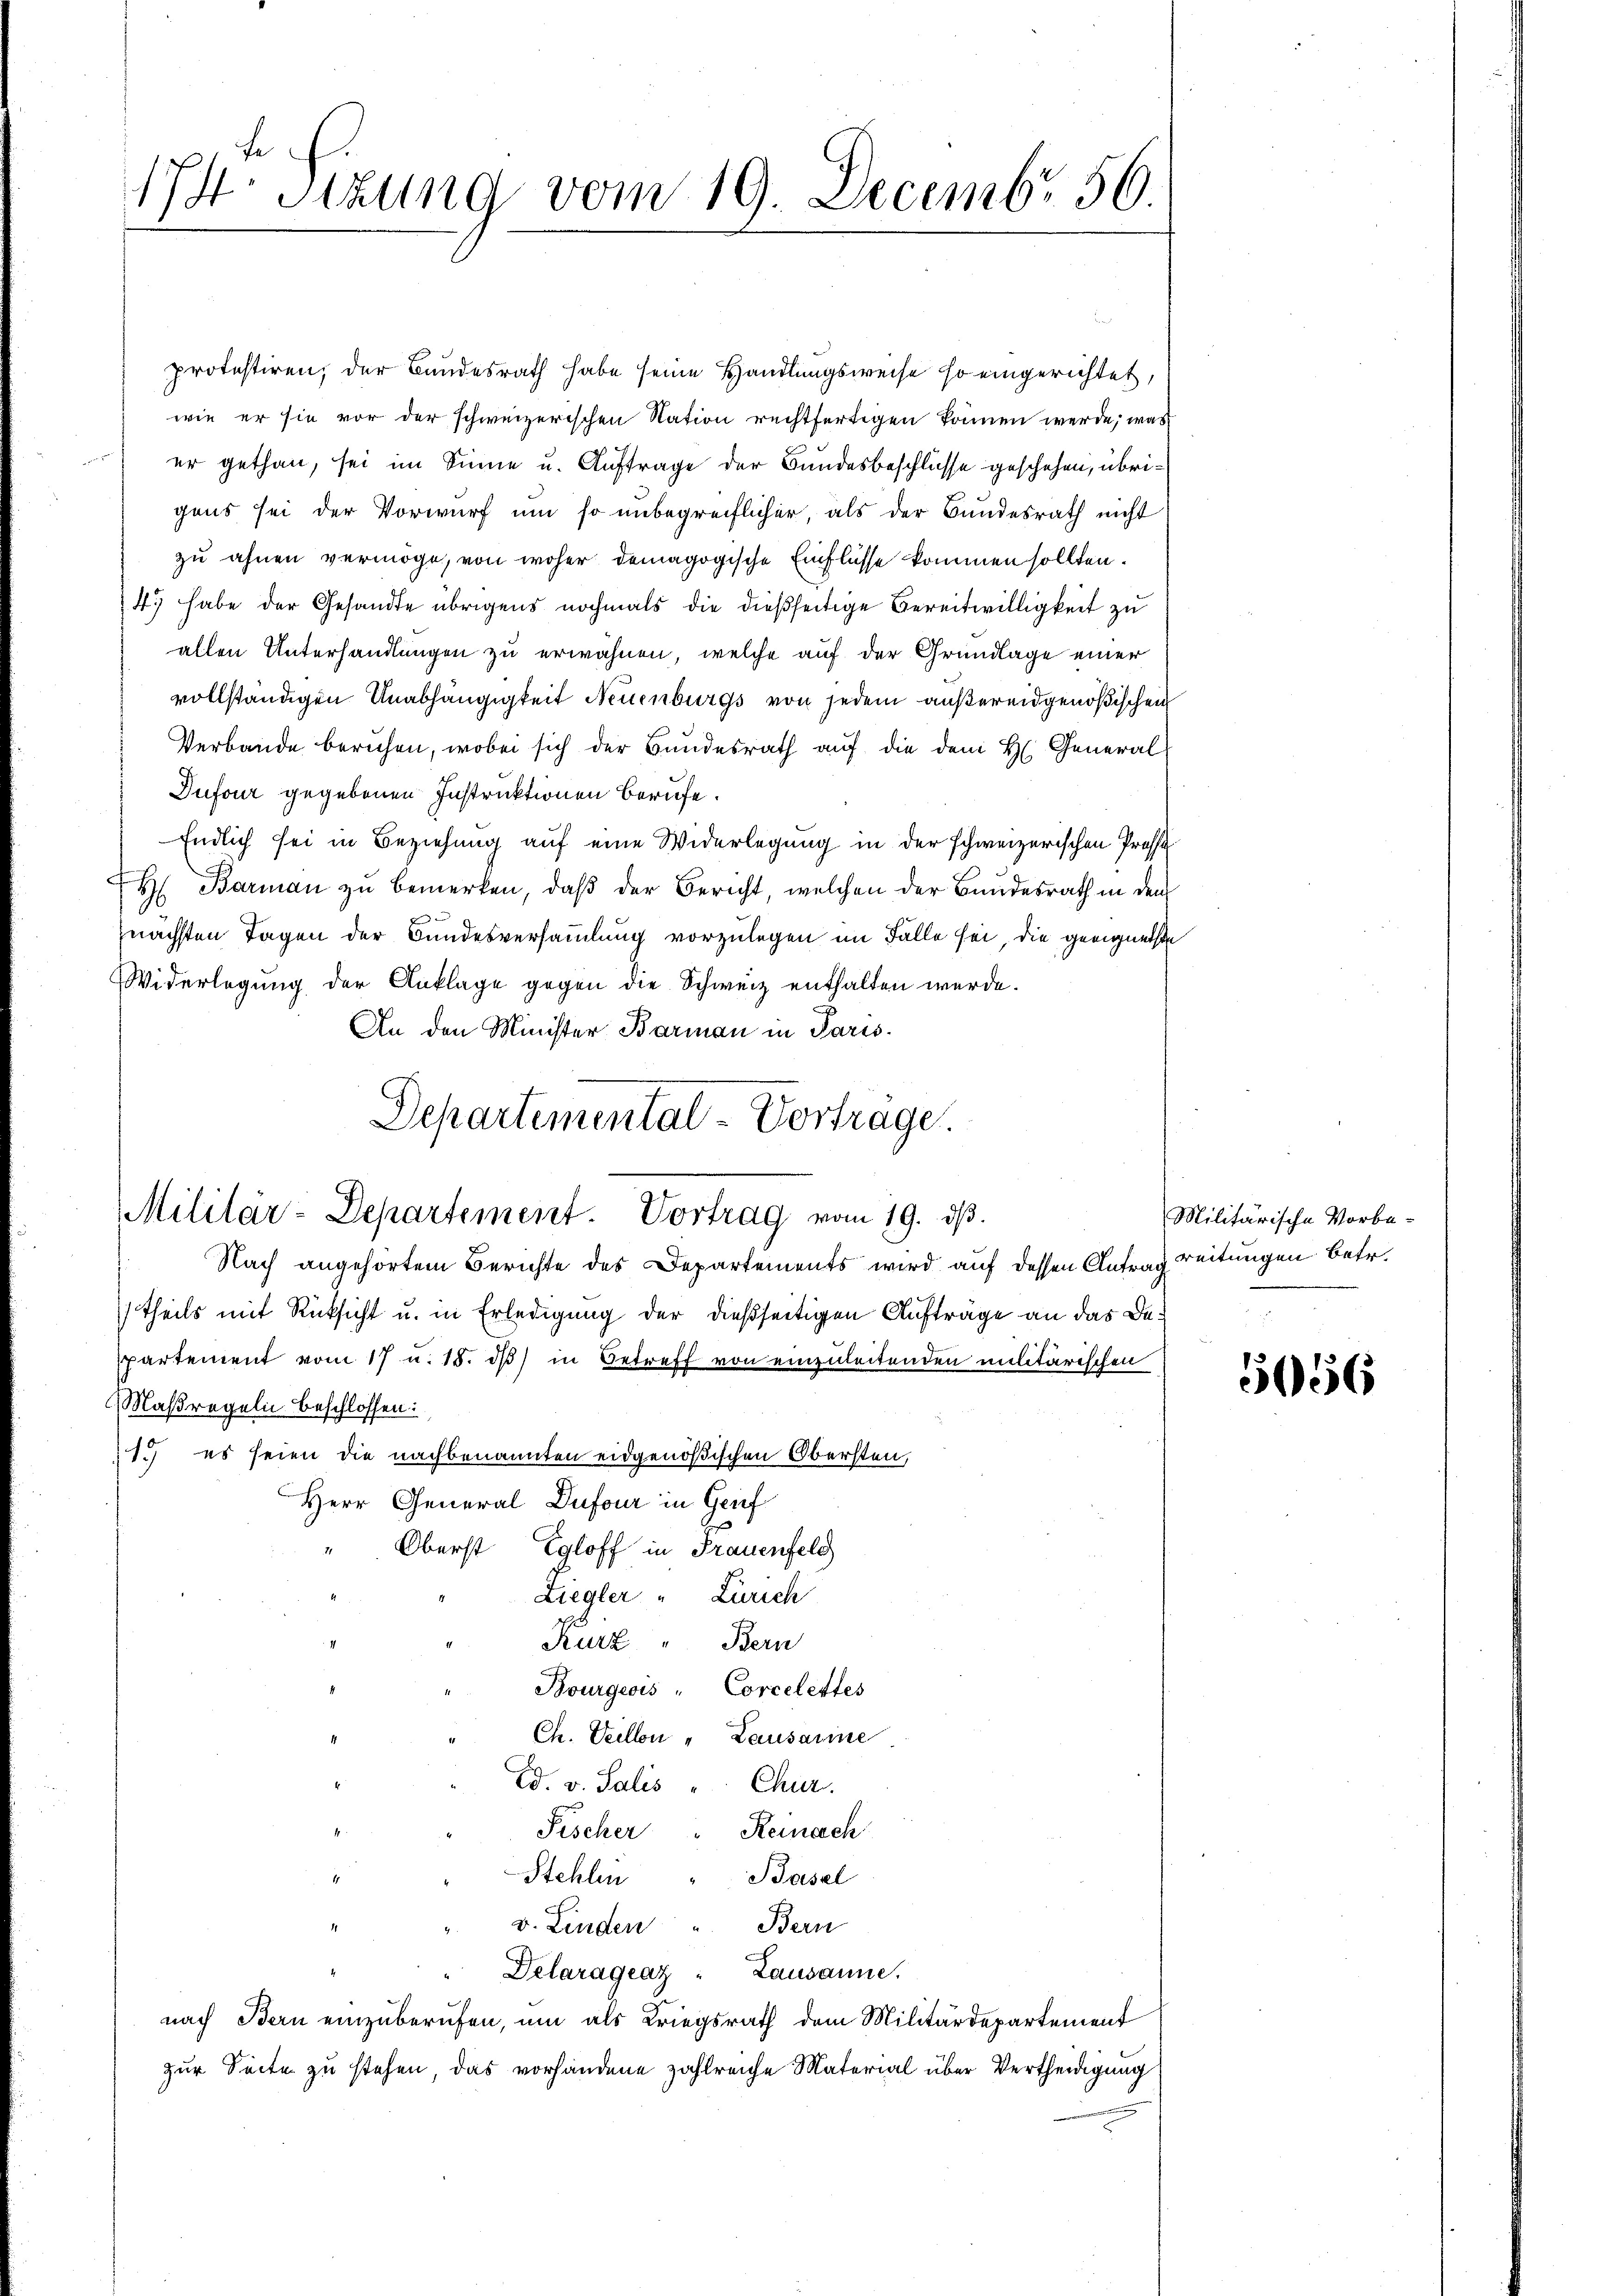
protestiren, der Bundesrath habe seine Handlungsweise so eingerichtet,
wie er sie vor der schweizerischen Nation rechtfertigen können werde, was
) er gethan, sei im Sinne u. Auftrage der Bundesbeschlüsse geschehen, übrigens sei der Vorwurf um so unbegreiflicher, als der Bundesrath nicht
zu ahnen vermöge, von woher demagogische Einflüsse kommen sollten.
4) habe der Gesandte übrigens nochmals die dießseitige Bereitwilligkeit zu
allen Unterhandlungen zu erwähnen, welche auf der Grundlage einer
vollständigen Unabhängigkeit Neuenburgs von jedem außereidgenößischen
Verbande beruhen, wobei sich der Bundesrath auf die dem H. General
Dufour gegebenen Instruktionen berufe.
Endlich sei in Beziehung auf eine Widerlegung in der schweizerischen Profe
H Barman zu bemerken, daß der Bericht, welchen der Bundesrath in den
nächsten Tagen der Bundesversammlung vorzulegen im Fälle sei, die geeignetste
Widerlegung der Anklage gegen die Schweiz enthalten werde.
An den Minister Barmann in Paris.
Departemental-Vortrage.

174. Sitzung vom 19. Decembr 56.

Militär-Departement. Vortrag vom 19. ds.

Nach angehörtem Berichte des Departements wird auf dessen Antrag reitungen betr.
theils mit Rücksicht u. in Erledigung der dießseitigen Aufträge an das Despartement vom 17 u. 18. dβ in Betreff von einzuleitenden militärischen
Maßregeln beschlossen:
1.) es seien die nachbenannten eidgenößischen Obersten,
Herr General Dufour in Geif
Oberst Egloff in Frauenfeld
Liegler " Zürich
Kurz " Bern
Bourgeois - Corcelettes
Ch. Veillon „Lausarme
Ed. v. Salis " Chur.
Fischer " Reinach
Stehlen
Basel
v. Linden " Bern
Delarágeaz " Lausanne.
nach Bern einzuberufen, um als Kriegsrath dem Militärdepartement
zur Seite zu stehen, das vorhandene zahlreiche Material über Vertheidigung

Militärische Vorbe-

56